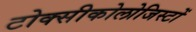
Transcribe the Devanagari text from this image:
टोक्सीकोलोजिस्टों